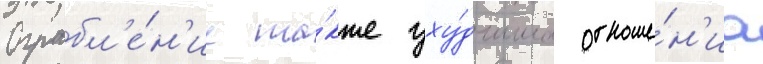
Ограбл'е́н'ие та́кже уху́дшило отноше́н'иа